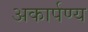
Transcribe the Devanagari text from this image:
अकार्पण्य